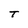
Character: T